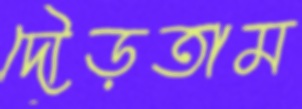
দৌড়তাম